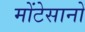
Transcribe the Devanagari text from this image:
मोंटेसानो